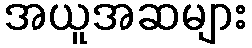
အယူအဆများ